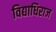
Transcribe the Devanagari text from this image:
विद्याधिराज